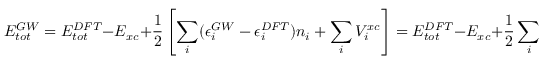
E _ { t o t } ^ { G W } = E _ { t o t } ^ { D F T } - E _ { x c } + \frac 1 2 \left[ \sum _ { i } ( \epsilon _ { i } ^ { G W } - \epsilon _ { i } ^ { D F T } ) n _ { i } + \sum _ { i } V _ { i } ^ { x c } \right] = E _ { t o t } ^ { D F T } - E _ { x c } + \frac 1 2 \sum _ { i } \Sigma _ { i } ^ { G P P }